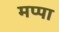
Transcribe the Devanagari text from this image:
मप्पा